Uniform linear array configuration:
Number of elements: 12
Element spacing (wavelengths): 0.5
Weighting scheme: exponential
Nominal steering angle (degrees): -45
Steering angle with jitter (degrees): -46.008
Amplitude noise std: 0.05
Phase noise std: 0.05

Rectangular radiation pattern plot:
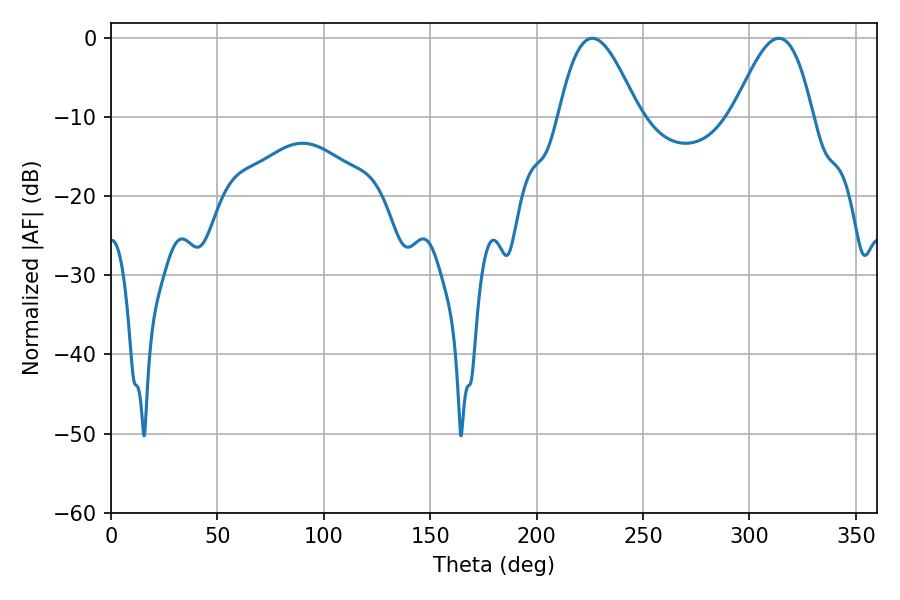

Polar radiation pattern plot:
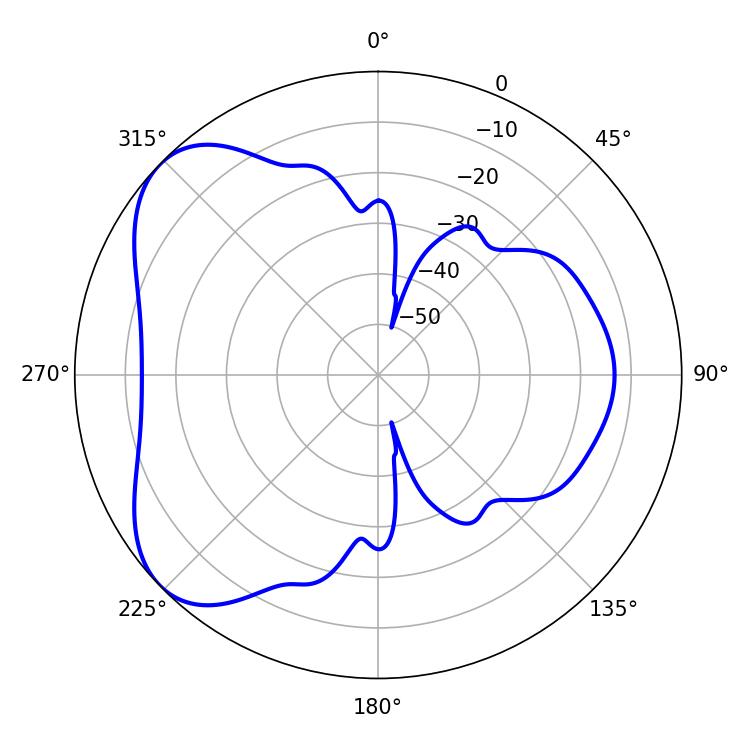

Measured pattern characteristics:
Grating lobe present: FALSE
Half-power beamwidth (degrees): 20.16
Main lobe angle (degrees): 313.74